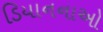
ડિયાનનાઓ